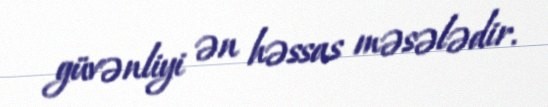
güvənliyi ən həssas məsələdir.